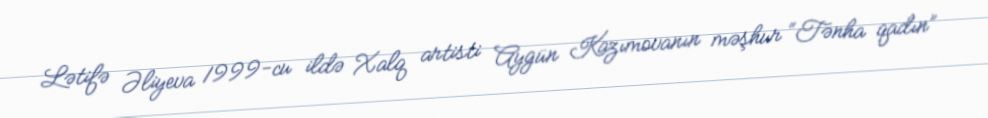
Lətifə Əliyeva 1999-cu ildə Xalq artisti Aygün Kazımovanın məşhur “Tənha qadın”